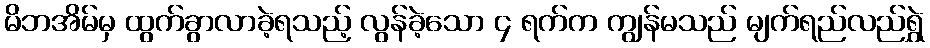
မိဘအိမ်မှ ထွက်ခွာလာခဲ့ရသည့် လွန်ခဲ့သော ၄ ရက်က ကျွန်မသည် မျက်ရည်လည်ရွှဲ